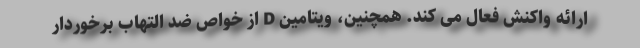
ارائه واکنش فعال می کند. همچنین، ویتامین D از خواص ضد التهاب برخوردار